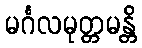
မင်္ဂလမုတ္တမန္တိ